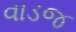
વાડજ